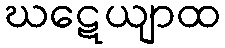
ဃဋေယျာထ